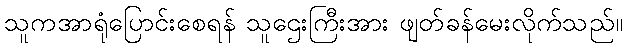
သူကအာရုံပြောင်းစေရန် သူဌေးကြီးအား ဖျတ်ခန်မေးလိုက်သည်။